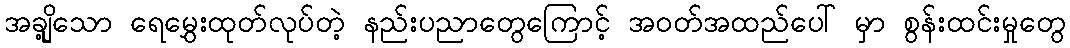
အချို့သော ရေမွှေးထုတ်လုပ်တဲ့ နည်းပညာတွေကြောင့် အဝတ်အထည်ပေါ် မှာ စွန်းထင်းမှုတွေ